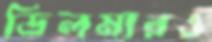
ডিলমারও